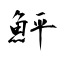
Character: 鮃